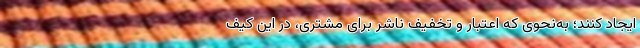
ایجاد کنند؛ به‌نحوی که اعتبار و تخفیف ناشر برای مشتری، در این کیف